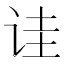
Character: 诖